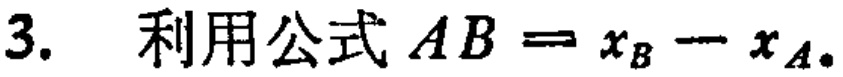
3. 利用公式 \(AB = x_B - x_A\)。